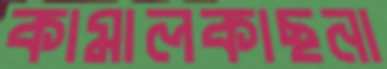
কামালকাছনা